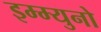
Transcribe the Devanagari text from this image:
इम्म्युनो